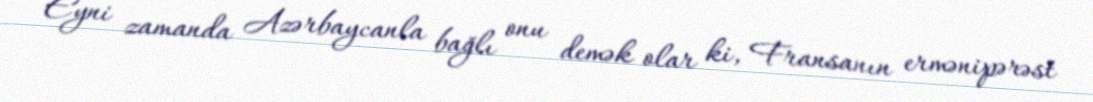
Eyni zamanda Azərbaycanla bağlı onu demək olar ki, Fransanın ermənipərəst